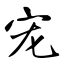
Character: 宠